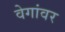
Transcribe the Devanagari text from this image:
वेगांवर